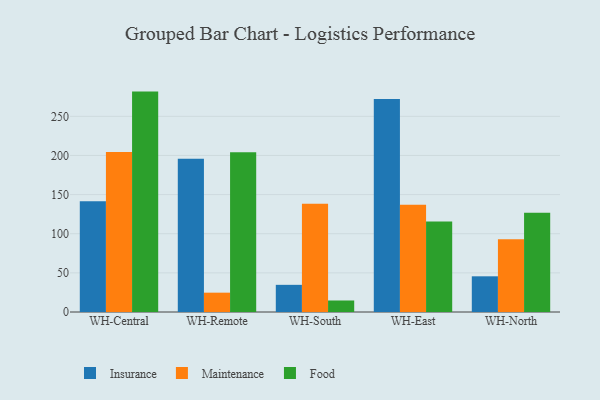
{"axis": {"x": "Warehouse", "y": "Bounce Rate (%)"}, "legend": ["Food", "Insurance", "Maintenance"], "data": [{"x": "WH-Central", "y": 141.4, "type": "Insurance"}, {"x": "WH-Central", "y": 204.3, "type": "Maintenance"}, {"x": "WH-Central", "y": 281.6, "type": "Food"}, {"x": "WH-Remote", "y": 195.9, "type": "Insurance"}, {"x": "WH-Remote", "y": 24.7, "type": "Maintenance"}, {"x": "WH-Remote", "y": 204.1, "type": "Food"}, {"x": "WH-South", "y": 34.7, "type": "Insurance"}, {"x": "WH-South", "y": 138.3, "type": "Maintenance"}, {"x": "WH-South", "y": 14.7, "type": "Food"}, {"x": "WH-East", "y": 272.0, "type": "Insurance"}, {"x": "WH-East", "y": 137.0, "type": "Maintenance"}, {"x": "WH-East", "y": 115.6, "type": "Food"}, {"x": "WH-North", "y": 45.6, "type": "Insurance"}, {"x": "WH-North", "y": 92.9, "type": "Maintenance"}, {"x": "WH-North", "y": 126.9, "type": "Food"}]}